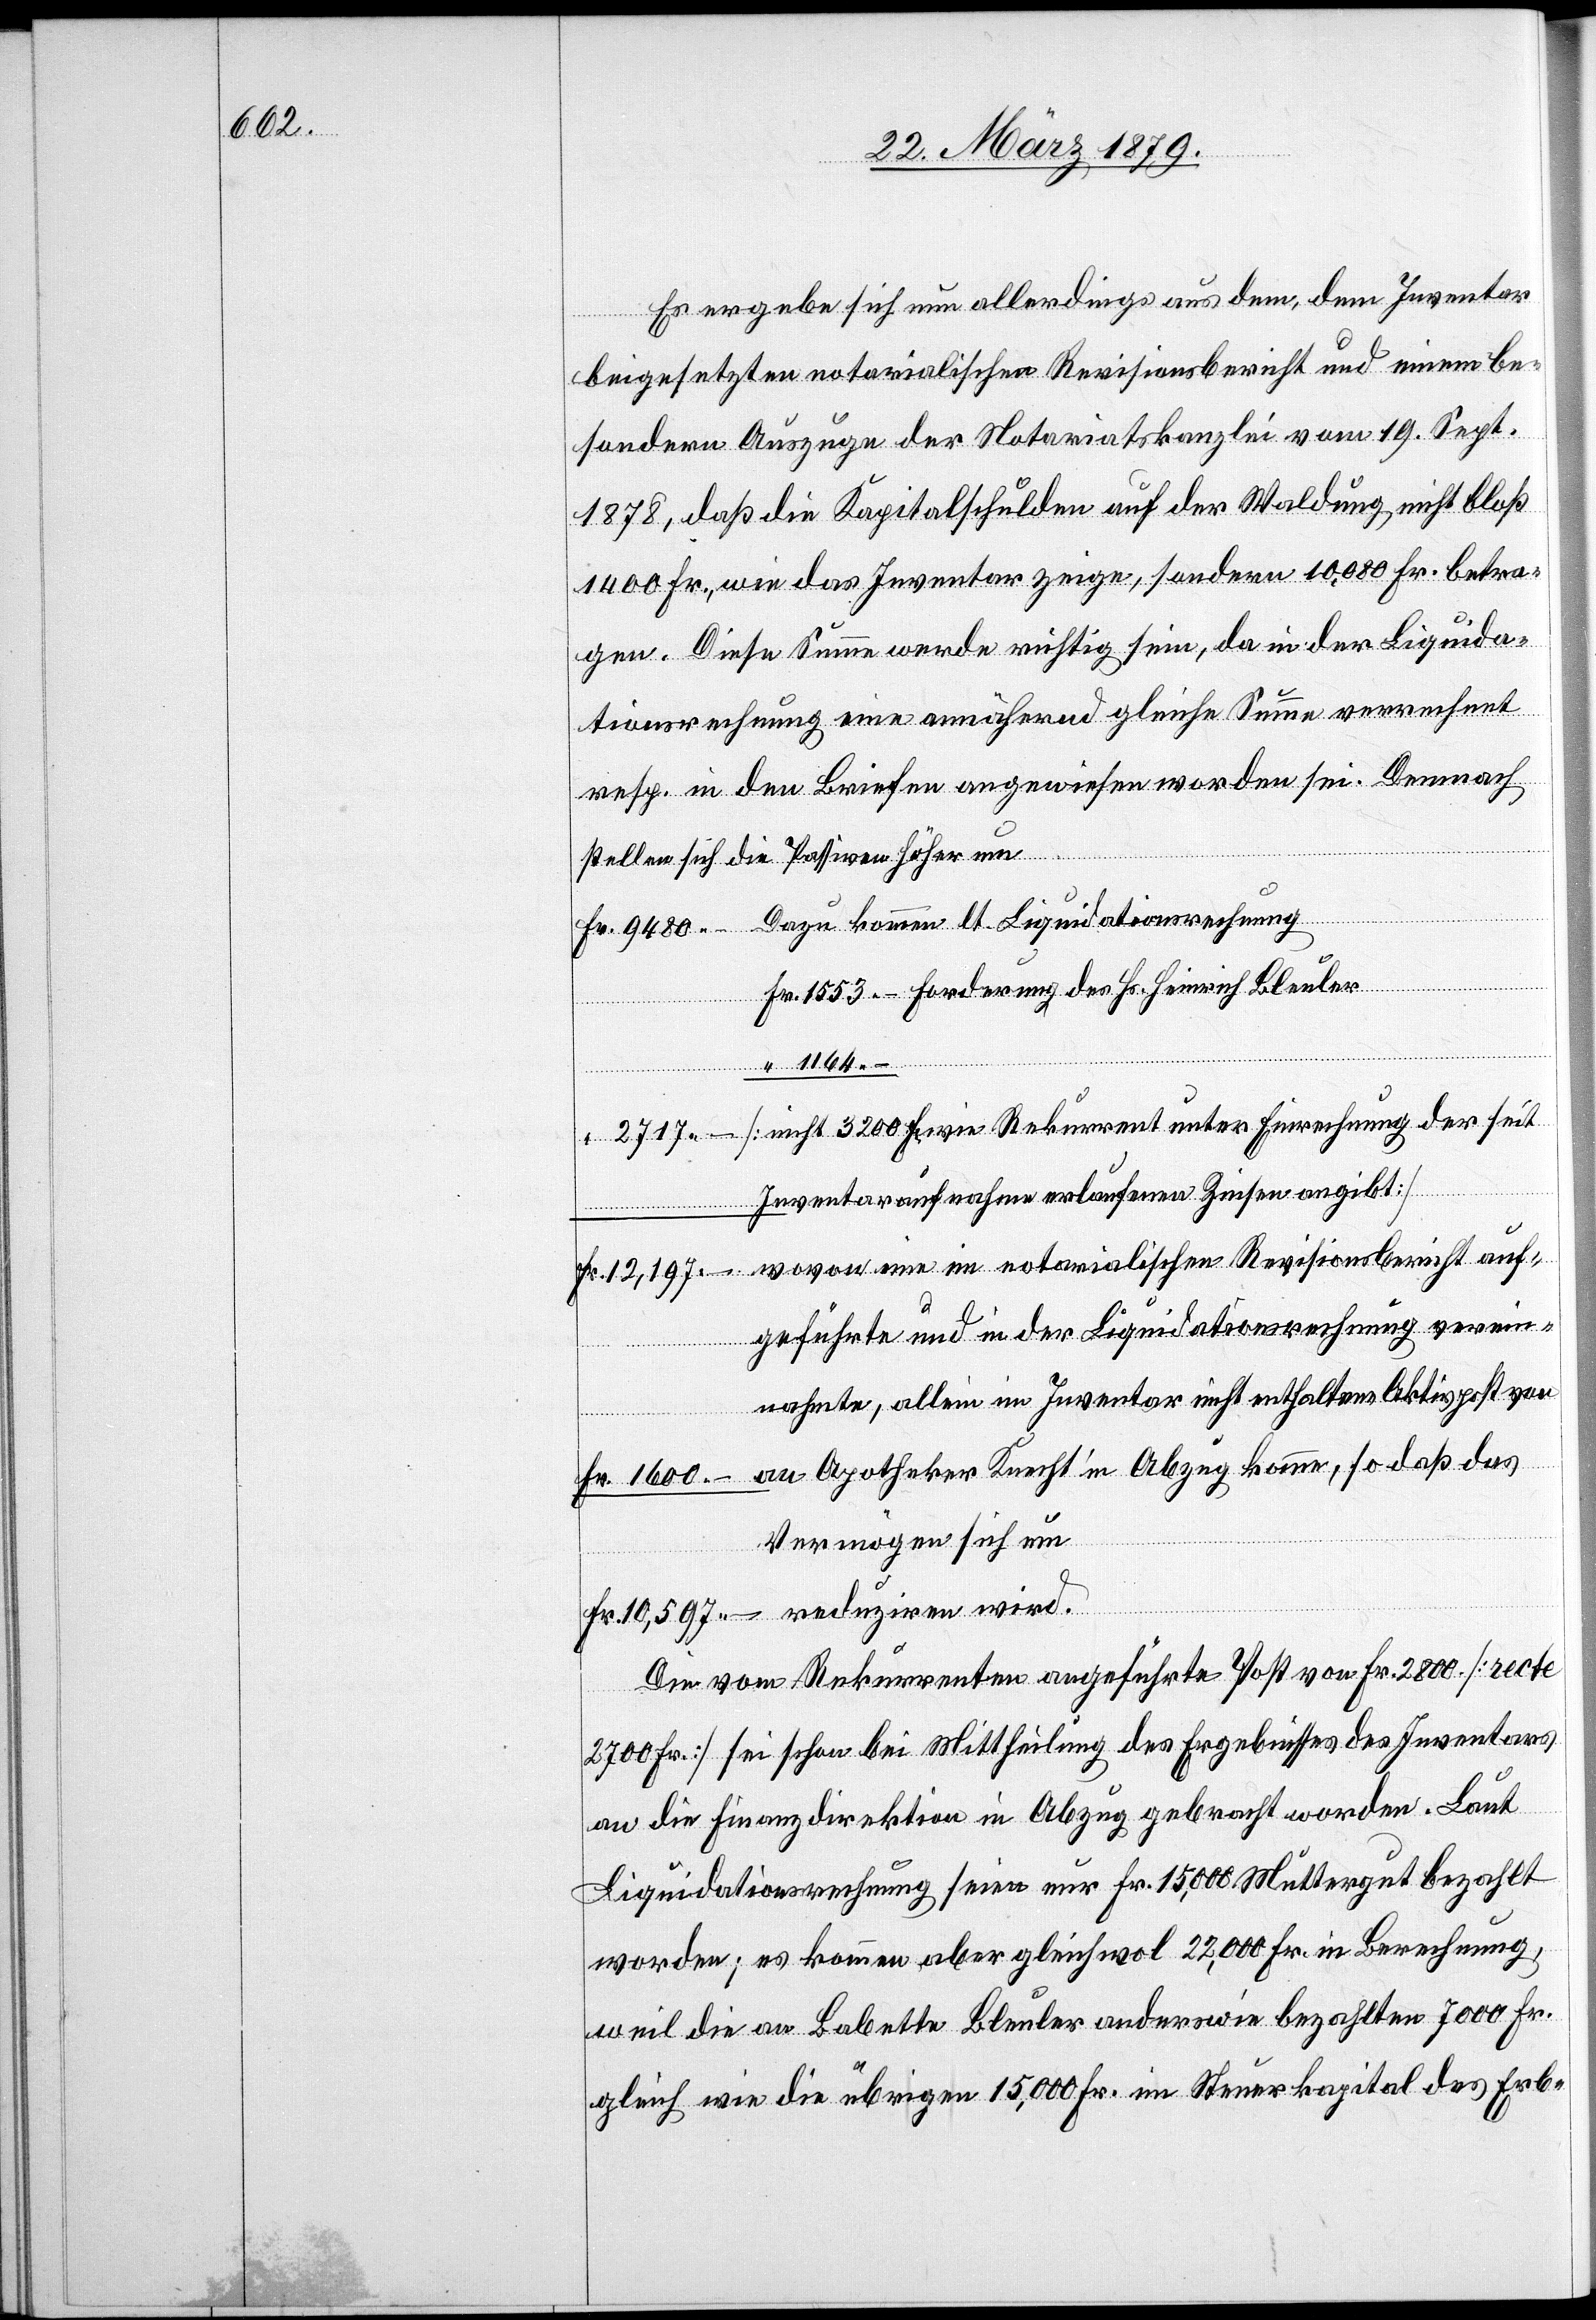
1600.–

so
Es ergebe sich nun allerdings aus dem, dem Inventar
beigesetzten notarialischen Revisionsbericht und einem be¬
sondern Auszuge der Notariatskanzlei vom 19. Sept.
1878, daß die Kapitalschulden auf der Waldung nicht bloß
1400 Fr., wie das Inventar zeige, sondern 10,080 Fr. betra¬
gen. Diese Summe werde richtig sein, da in der Liquida¬
tionsrechnung eine annähernd gleiche Summe verrechnet
resp. in den Briefen angewiesen worden sei. Demnach
stellen sich die Passiven höher um
Dazu kommen lt. Liquidationsrechnung
Fr. 1553.– Forderung des Hs. Heinrich Bleuler
“ 1164.–
[nicht 3200 Fr., wie Rekurrent unter Einrechnung der seit
Inventaraufnahme erlaufenen Zinsen angibt]
komme,
wovon eine im notarialischen Revisionsbericht auf¬
geführte und in der Liquidationsrechnung verein¬
nahmte, allein im Inventar nicht enthaltene Aktivpost von
Vermögen sich um
Die vom Rekurrenten angeführte Post von Fr. 2800 [recte
2700 Fr.] sei schon bei Mittheilung des Ergebnisses des Inventars
Fr.
an die Finanzdirektion in Abzug gebracht worden. Laut
Liquidationsrechnung seien nur Fr. 1500 Muttergut bezahlt
worden; es kommen aber gleichwol 22,000 Fr. in Berechnung,
weil die an Babette Bleuler anderswie bezahlten 7000 Fr.
gleich wie die übrigen 15,000 Fr. im Steuerkapital des Erb-